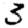
Digit: 3